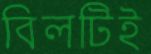
বিলটিই